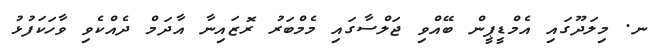
ނ. މިލަދޫގައި އެމްޑީޕީން ބޭއްވި ޖަލްސާގައި މެމްބަރު ރޮޒައިނާ އާދަމް ދެއްކެވި ވާހަކަފުޅު